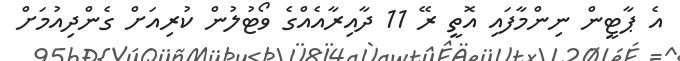
އެ ޕާޓީން ނިންމާފައި އޮތީ ރޭ 11 ދާއިރާއެއްގެ ވޯޓުލުން ކުރިއަށް ގެންދިއުމަށް